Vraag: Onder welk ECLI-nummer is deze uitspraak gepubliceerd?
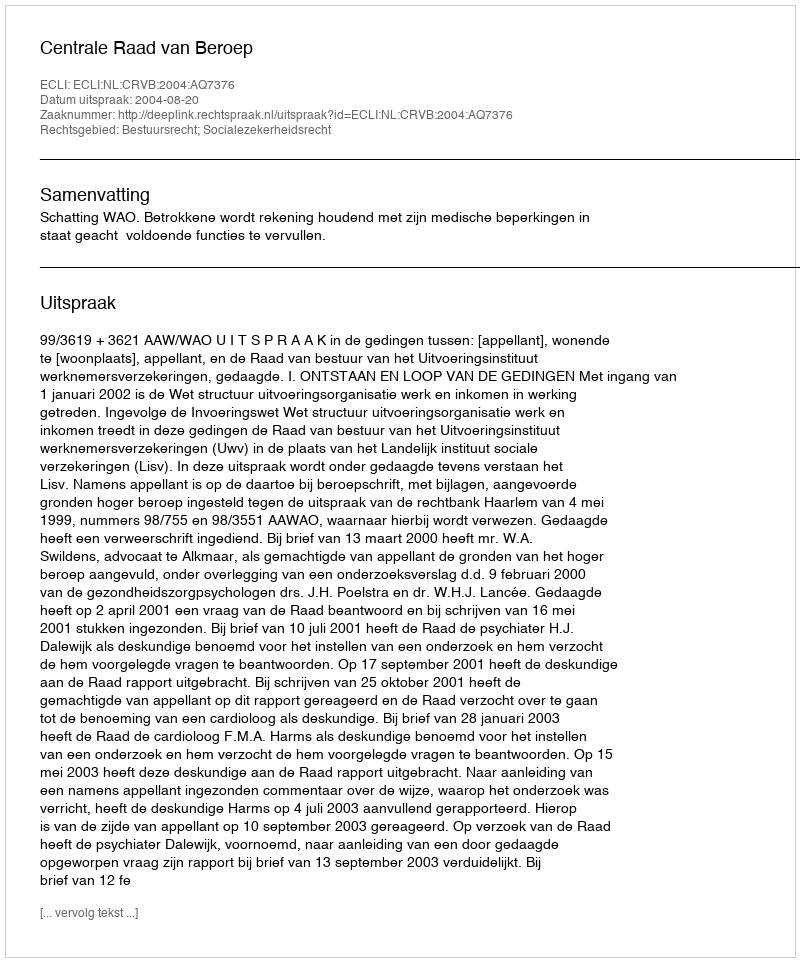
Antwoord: ECLI:NL:CRVB:2004:AQ7376